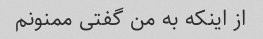
از اینکه به من گفتی ممنونم